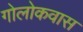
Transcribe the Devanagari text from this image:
गोलोकवास